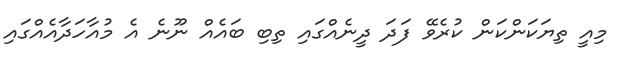
މިއީ ތިޔަކަންކަން ކުރެވޭ ފަދަ ދީނެއްގައި ތިބި ބައެއް ނޫނެ އެ މުއާހަދާއެއްގައި